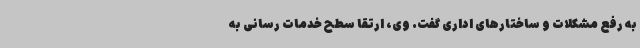
به رفع مشکلات و ساختارهای اداری گفت. وی، ارتقا سطح خدمات رسانی به